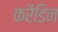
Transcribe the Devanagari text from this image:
करैडिन